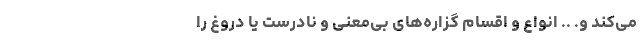
می‌کند و. .. انواع و اقسام گزاره‌های بی‌معنی و نادرست یا دروغ را